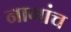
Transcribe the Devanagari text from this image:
नागांच